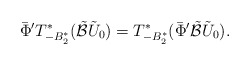
\begin{align*}\bar\Phi' T_{-B_2^*}^*(\tilde{\mathcal B}\tilde U_{0})= T_{-B_2^*}^*(\bar\Phi'\tilde{\mathcal B}\tilde U_{0}).\end{align*}